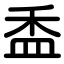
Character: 盉